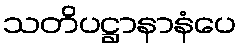
သတိပဋ္ဌာနာနံပေ